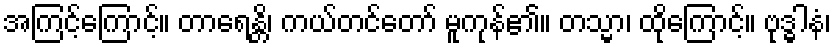
အကြင့်ကြောင့်။ တာရေန္တိ၊ ကယ်တင်တော် မူကုန်၏။ တသ္မာ၊ ထိုကြောင့်။ ဗုဒ္ဓါနံ၊